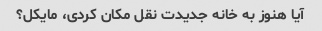
آیا هنوز به خانه جدیدت نقل مکان کردی، مایکل؟